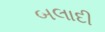
બલાદી